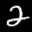
Label: 2